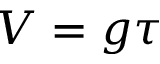
V = g \tau